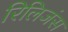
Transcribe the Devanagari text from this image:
रिलिजंस